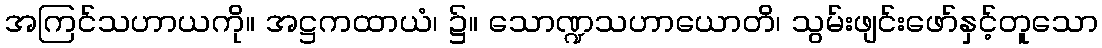
အကြင်သဟာယကို။ အဋ္ဌကထာယံ၊ ၌။ သောဏ္ဍသဟာယောတိ၊ သွမ်းဖျင်းဖော်နှင့်တူသော